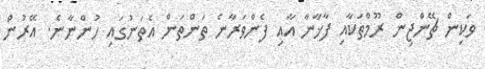
ވަކިން ޗޭންޖިން ރޫމްތަކާއި ފާޚާނާ އާއި ފެންވަރާނެ ތަންތަން އެތަނުގައި ހުންނާނެ. އޭރުން